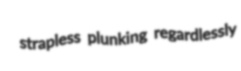
strapless plunking regardlessly